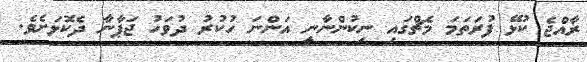
ރާއްޖެ ކުޅޭ ފުރަތަމަ މެޗްގައި ނިކުންނާނީ އަންނަ ހުކުރު ދުވަހު ޖަޕާނާ ދެކޮޅަށެވެ.